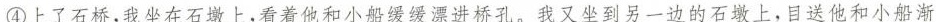
④上了石桥，我坐在石墩上，看着他和小船缓缓漂进桥孔。我又坐到另一边的石墩上，目送他和小船渐